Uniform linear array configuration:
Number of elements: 24
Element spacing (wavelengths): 1
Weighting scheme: hamming
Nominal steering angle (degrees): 15
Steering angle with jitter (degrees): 14.788
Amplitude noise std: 0.05
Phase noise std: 0.05

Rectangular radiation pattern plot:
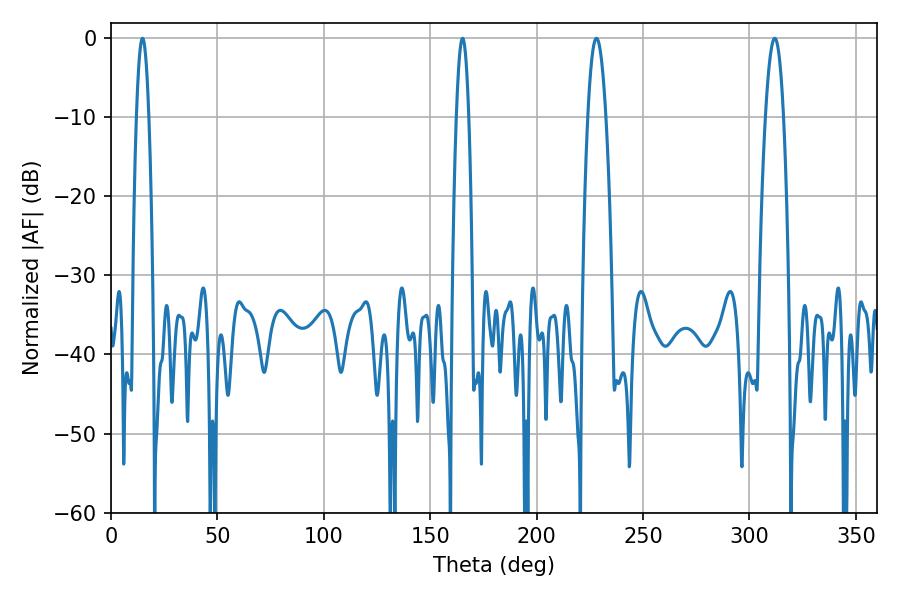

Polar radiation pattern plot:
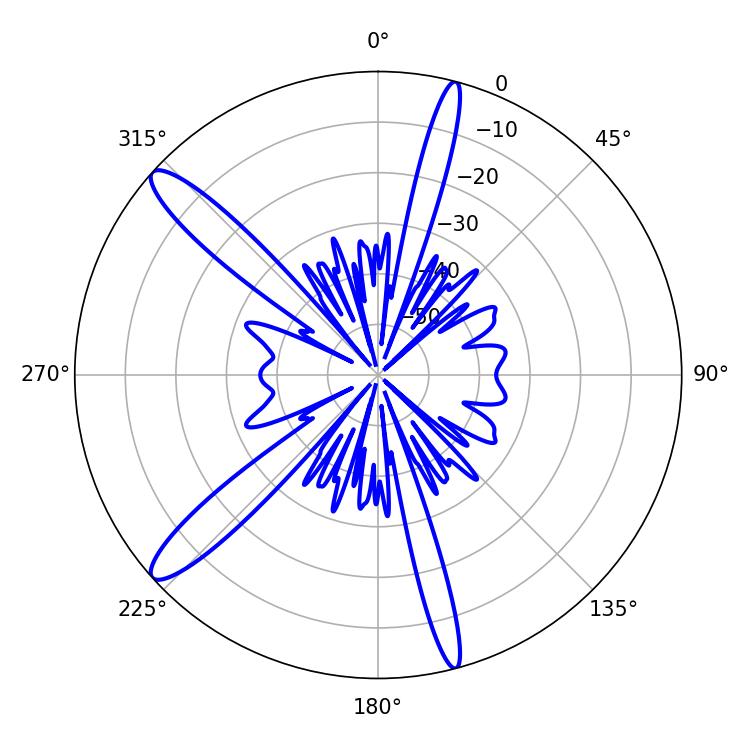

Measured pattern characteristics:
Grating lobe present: TRUE
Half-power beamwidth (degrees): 4.5
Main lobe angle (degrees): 228.06